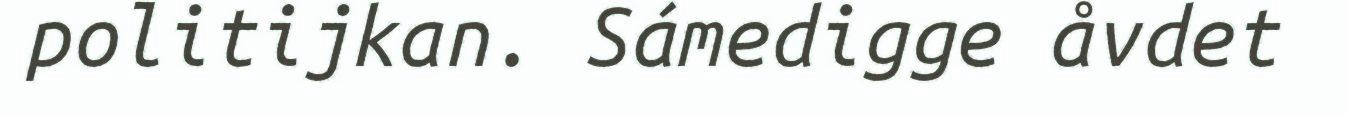
politijkan. Sámedigge åvdet